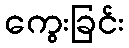
ကွေးခြင်း